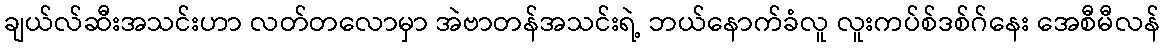
ချယ်လ်ဆီးအသင်းဟာ လတ်တလောမှာ အဲဗာတန်အသင်းရဲ့ ဘယ်နောက်ခံလူ လူးကပ်စ်ဒစ်ဂ်နေး အေစီမီလန်